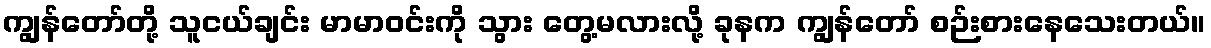
ကျွန်တော်တို့ သူငယ်ချင်း မာမာဝင်းကို သွား တွေ့မလားလို့ ခုနက ကျွန်တော် စဉ်းစားနေသေးတယ်။